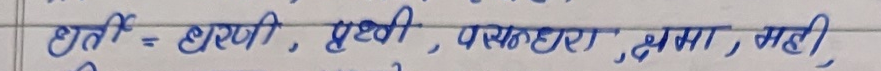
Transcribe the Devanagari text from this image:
धरती = धरणी, पृथ्वी, वसुधा, क्षमा, मही